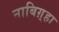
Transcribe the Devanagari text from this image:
नाबिग़्हा